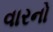
વારનો